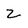
Character: Z